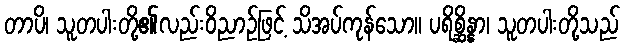
တာပိ၊ သူတပါးတို့၏လည်းဝိညာဉ်ဖြင့် သိအပ်ကုန်သော။ ပရိစ္ဆိန္နာ၊ သူတပါးတို့သည်